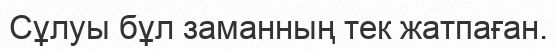
Сұлуы бұл заманның тек жатпаған.